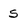
Character: S